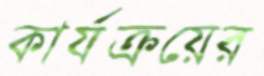
কার্যক্রয়ের